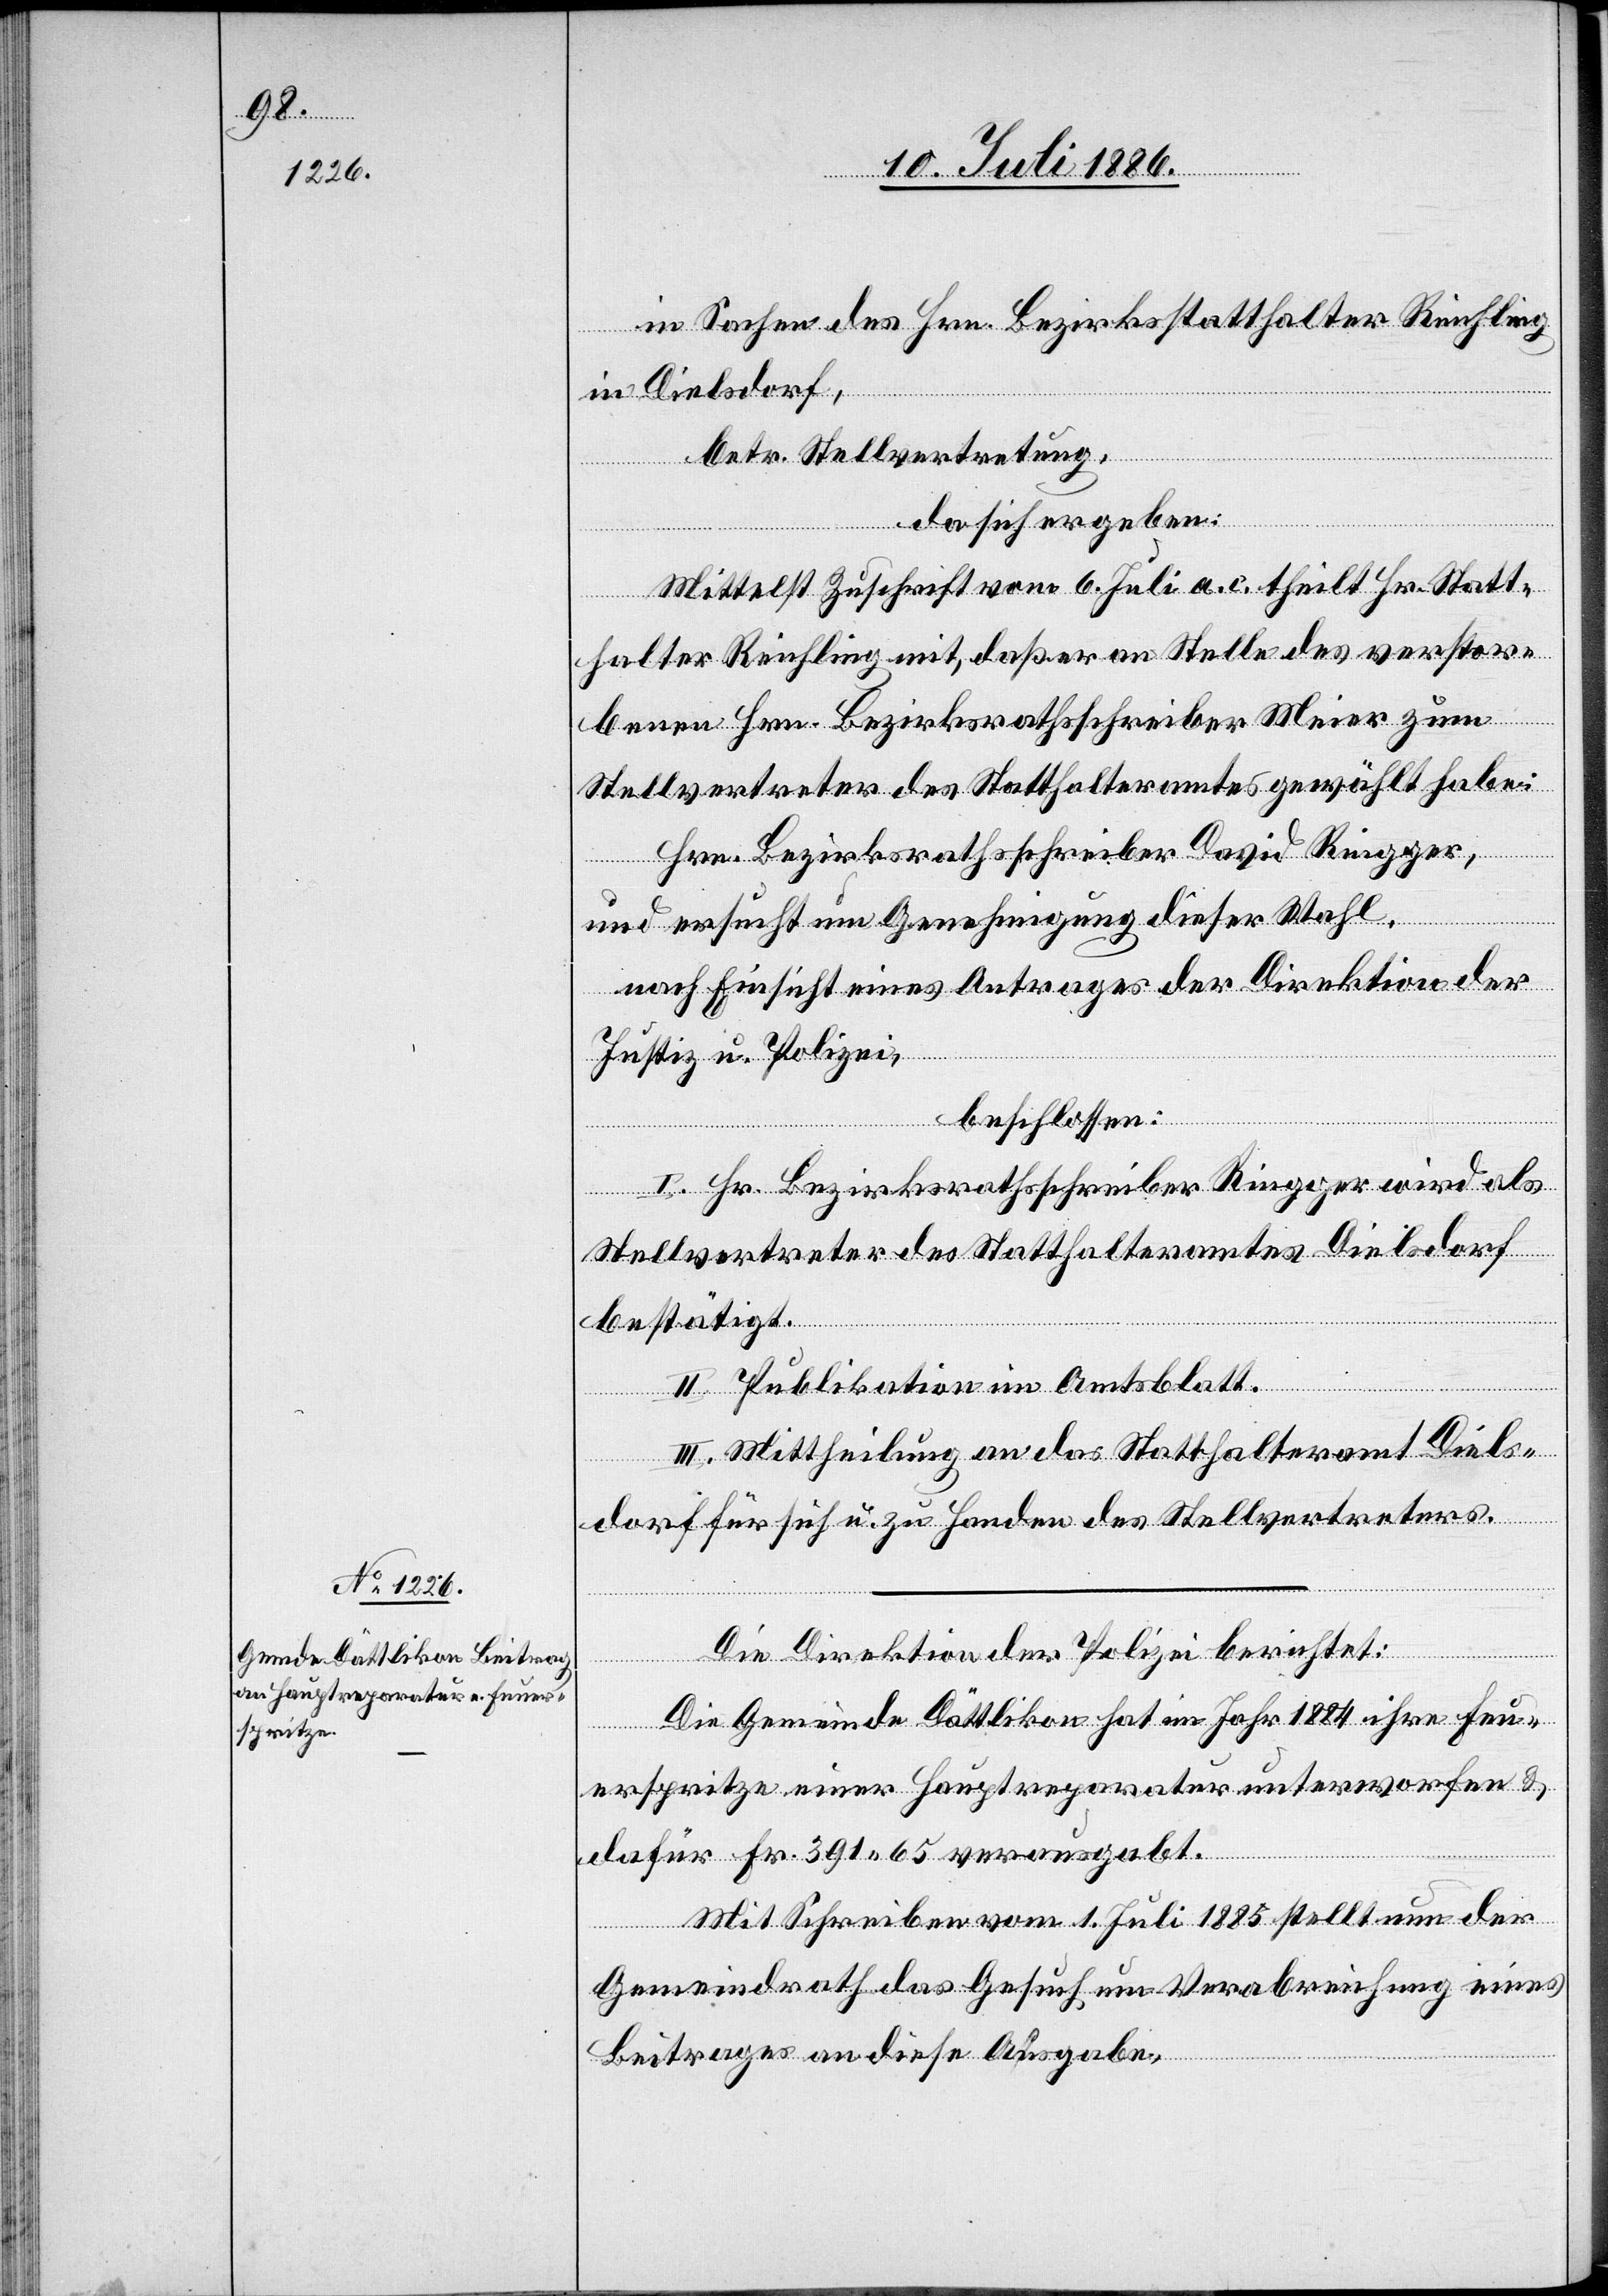
in Sachen des Hrn. Bezirksstatthalter Reichling
in Dielsdorf,
betr. Stellvertretung,
da sich ergeben:
Mittelst Zuschrift vom 6. Juli a. c. theilt Hr. Statt¬
halter Reichling mit, daß er an Stelle des verstor¬
benen Hrn. Bezirksrathsschreiber Meier zum
Stellvertreter des Statthalteramtes gewählt habe:
Hrn. Bezirksrathsschreiber David Ringger,
und ersucht um Genehmigung dieser Wahl,
nach Einsicht eines Antrages der Direktion der
Justiz u. Polizei,
beschlossen:
I. Hr. Bezirksrathsschreiber Ringger wird als
Stellvertreter des Statthalteramtes Dielsdorf
bestätigt.
II. Publikation im Amtsblatt.
III. Mittheilung an das Statthalteramt Diels¬
dorf für sich u. zu Handen des Stellvertreters.
Die Direktion der Polizei berichtet:
Die Gemeinde Dättlikon hat im Jahr 1884 ihre Feu¬
erspritze einer Hauptreparatur unterworfen &
dafür Fr. 391 65 verausgabt.
Mit Schreiben vom 1. Juli 1885 stellt nun der
Gemeindrath das Gesuch um Verabreichung eines
Beitrages an diese Ausgabe.